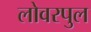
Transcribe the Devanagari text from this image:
लोवरपुल